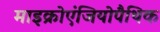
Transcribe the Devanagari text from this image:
माइक्रोएंजियोपैथिक